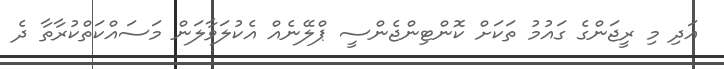
އަދި މި ރީޖަންގެ ގައުމު ތަކަށް ކޮންޓިންޖެންސީ ޕްލޭނެއް އެކުލަވާލަން މަސައްކަތްކުރާތާ ދެ